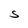
Character: S